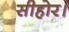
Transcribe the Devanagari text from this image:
सीहोर।